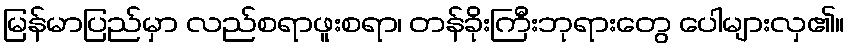
မြန်မာပြည်မှာ လည်စရာဖူးစရာ၊ တန်ခိုးကြီးဘုရားတွေ ပေါများလှ၏။